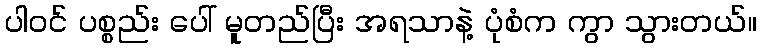
ပါဝင် ပစ္စည်း ပေါ် မူတည်ပြီး အရသာနဲ့ ပုံစံက ကွာ သွားတယ်။